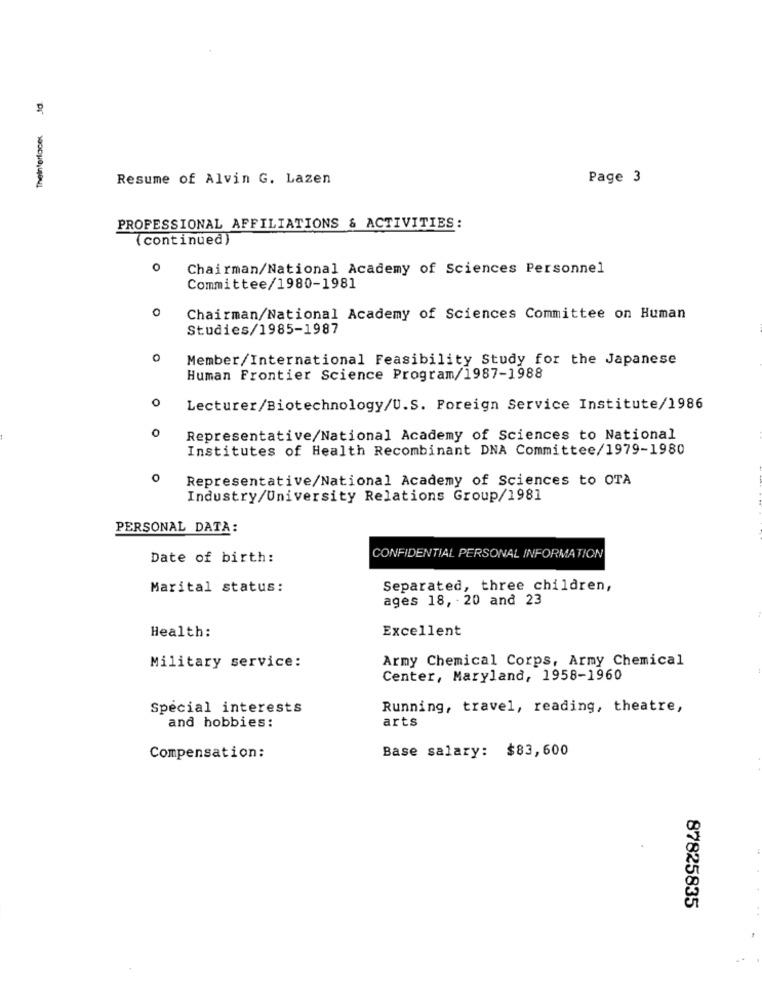
Resume of Alvin G. Lazen
Page 3
PROFESSIONAL AFFILIATIONS & ACTIVITIES:
(continued)
0
Chairman/National Academy of Sciences Personnel
Committee/1980-1981
0
Chairman/National Academy of Sciences Committee on Human
Studies/1985-1987
Member/International Feasibility Study for the Japanese
Human Frontier Science Program/1987-1988
Lecturer/Biotechnology/U.S. Foreign Service Institute/1986
0
Representative/National Academy of Sciences to National
Institutes of Health Recombinant DNA Committee/1979-1980
0
Representative/National Academy of Sciences to OTA
Industry/University Relations Group/1981
PERSONAL DATA:
Date of birth:
CONFIDENTIAL PERSONAL INFORMATION
Marital status:
Separated, three children,
ages 18, - 20 and 23
Health:
Excellent
Army Chemical Corps, Army Chemical
Military service:
Center, Maryland, 1958-1960
Special interests
Running, travel, reading, theatre,
arts
and hobbies:
Base salary: $83,600
Compensation:
87825835